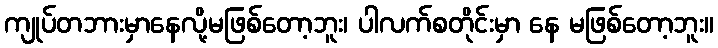
ကျုပ်တဘားမှာနေလို့မဖြစ်တော့ဘူး၊ ပါလက်စတိုင်းမှာ နေ မဖြစ်တော့ဘူး။